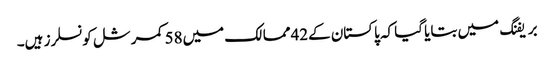
بریفنگ میں بتایا گیا کہ پاکستان کے42ممالک میں58کمرشل کونسلرز ہیں۔